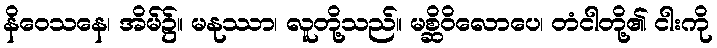
နိဝေသနေ၊ အိမ်၌။ မနုဿာ၊ လူတို့သည်။ မစ္ဆိဝိလောပေ၊ တံငါတို့၏ ငါးကို